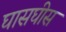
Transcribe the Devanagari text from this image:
घासघीस